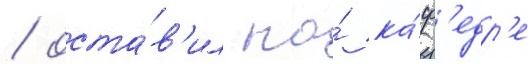
/ оста́в'ил на́ ка́ф'едр'е